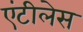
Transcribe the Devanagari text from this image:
एंटीलेस